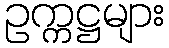
ဥက္ကဋ္ဌများ